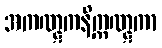
အကဏ္ဋကနိက္ကဏ္ဋကာ